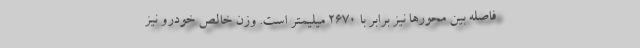
فاصله بین محورها نیز برابر با 2670 میلیمتر است. وزن خالص خودرو نیز